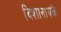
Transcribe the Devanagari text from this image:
दिशानायके